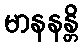
မာနနန္တိ